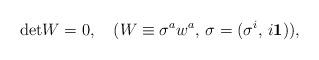
LaTeX: \begin{align*}{\rm det}W=0, \quad (W\equiv\sigma^aw^a,\, \sigma=(\sigma^i,\, i{\mathbf1})), \end{align*}